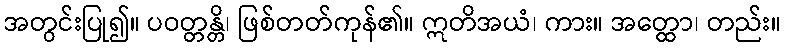
အတွင်းပြု၍။ ပဝတ္တန္တိ၊ ဖြစ်တတ်ကုန်၏။ ဣတိအယံ၊ ကား။ အတ္ထော၊ တည်း။